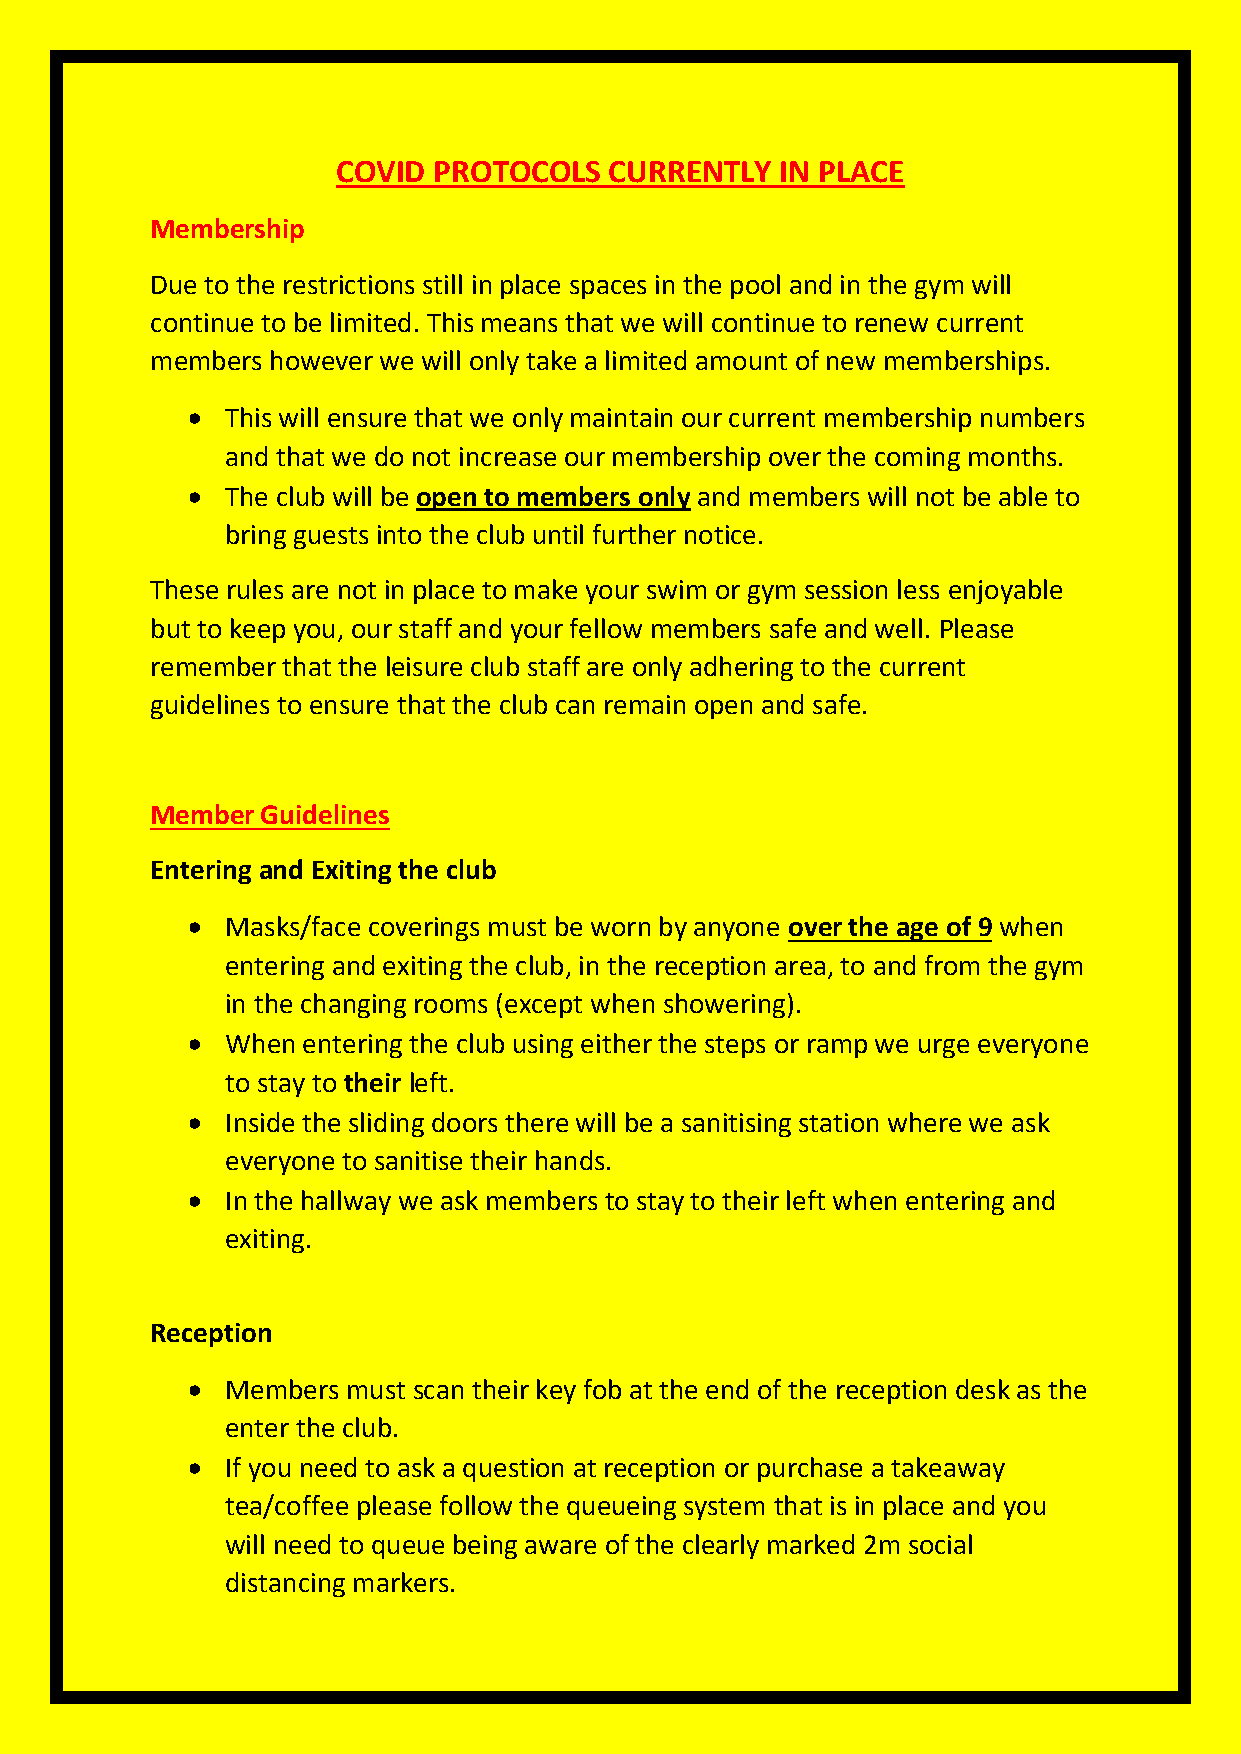
COVID  PROTOCOLS  CURRENTLY   IN PLACE
 Membership
 Due to the restrictions still in place spaces in the pool and in the gym will
 continue to be limited. This means that we will continue to renew current
 members however we will only take a limited amount of new memberships.
 •  This will ensure that we only maintain our current membership numbers
 and that we do not increase our membership over the coming months.
 •  The club will be open to members only and members will not be able to
 bring guests into the club until further notice.
 These rules are not in place to make your swim or gym session less enjoyable
 but to keep you, our staff and your fellow members safe and well. Please
 remember that the leisure club staff are only adhering to the current
 guidelines to ensure that the club can remain open and safe.
 Member Guidelines
 Entering and Exiting the club
 •  Masks/face coverings must be worn by anyone over the age of 9 when
 entering and exiting the club, in the reception area, to and from the gym
 in the changing rooms (except when showering).
 •  When entering the club using either the steps or ramp we urge everyone
 to stay to their left.
 •  Inside the sliding doors there will be a sanitising station where we ask
 everyone to sanitise their hands.
 •  In the hallway we ask members to stay to their left when entering and
 exiting.
 Reception
 •  Members must scan their key fob at the end of the reception desk as the
 enter the club.
 •  If you need to ask a question at reception or purchase a takeaway
 tea/coffee please follow the queueing system that is in place and you
 will need to queue being aware of the clearly marked 2m social
 distancing markers.